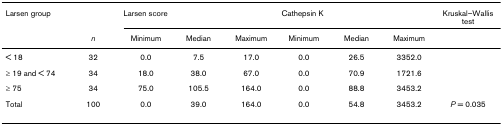
<table><thead><tr><td colspan="2"><b>Larsen group</b></td><td colspan="3"><b>Larsen score</b></td><td colspan="3"><b>Cathepsin K</b></td><td><b>Kruskal–Wallis test</b></td></tr><tr><td></td><td><b><i>n</i></b></td><td><b>Minimum</b></td><td><b>Median</b></td><td><b>Maximum</b></td><td><b>Minimum</b></td><td><b>Median</b></td><td><b>Maximum</b></td><td></td></tr></thead><tbody><tr><td>&lt; 18</td><td>32</td><td>0.0</td><td>7.5</td><td>17.0</td><td>0.0</td><td>26.5</td><td>3352.0</td><td></td></tr><tr><td>≥ 19 and &lt; 74</td><td>34</td><td>18.0</td><td>38.0</td><td>67.0</td><td>0.0</td><td>70.9</td><td>1721.6</td><td></td></tr><tr><td>≥ 75</td><td>34</td><td>75.0</td><td>105.5</td><td>164.0</td><td>0.0</td><td>88.8</td><td>3453.2</td><td></td></tr><tr><td>Total</td><td>100</td><td>0.0</td><td>39.0</td><td>164.0</td><td>0.0</td><td>54.8</td><td>3453.2</td><td><i>P </i>= 0.035</td></tr></tbody></table>